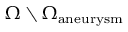
\Omega \setminus \Omega _ { \mathrm { a n e u r y s m } }